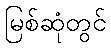
မြစ်ဆုံတွင်